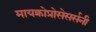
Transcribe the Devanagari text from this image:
मायक्रोप्रोसेसर्सनी